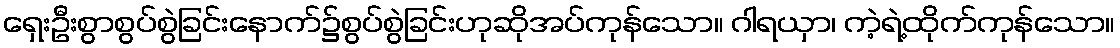
ရှေးဦးစွာစွပ်စွဲခြင်းနောက်၌စွပ်စွဲခြင်းဟုဆိုအပ်ကုန်သော။ ဂါရယှာ၊ ကဲ့ရဲ့ထိုက်ကုန်သော။